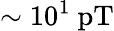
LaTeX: \sim 10^{1}~\mathrm{pT}